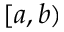
[ a , b )